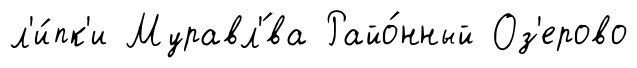
л'и́пк'и Муравл'́ва Райо́нный Оз'ерово